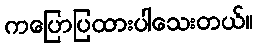
ကပြောပြထားပါသေးတယ်။